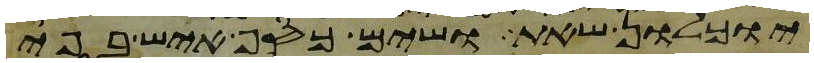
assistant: יוכלון שאת ושים כסף איש בפי